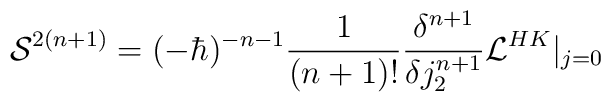
{\cal S}^{2(n+1)}=(-\hbar)^{-n-1}\frac 1{(n+1)!}\frac {\delta^{n+1}}{\delta j_2^{n+1}} {\cal L}^{HK}\vert_{j=0}